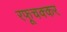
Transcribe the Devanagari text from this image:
रफूचक्कर